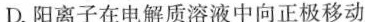
D.阳离子在电解质溶液中向正极移动